Vaccination in Bombay 1874-1876 - 1874-1876
Year: 1874
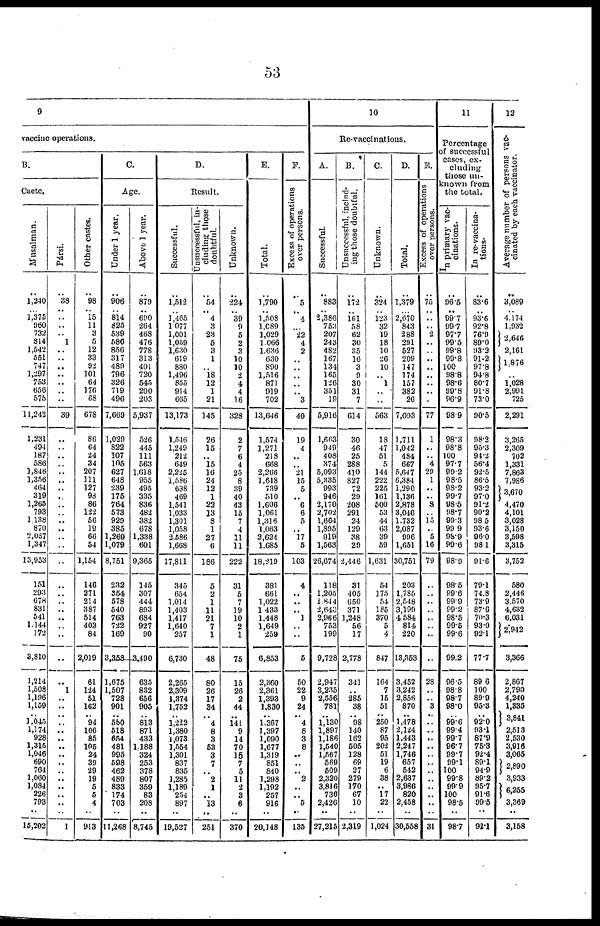
53
9
vaccine operations.
B.
Caete.
Musalman.
..
1,240
.. 1,375
960
732
814
1,542
551
747
1,297
753
656
575
11,242
1,231
494
187
586
1,846
1,356
464
319
1,265
793
1,138
870
2,057
1,347
13,953
151
293
678
831
541
1,144
172
3,810
1,214
1,508
1,196
1,159
.. 1,045
1,174
928
1,315
1,046
690
704
1,060
1,084
226
793
..
15,202
Pársi.
..
38
.. ..
..
..
1
..
..
..
..
..
..
..
39
..
..
..
..
..
..
..
..
..
..
..
..
..
.. ..
..
..
..
..
..
..
..
..
..
1
..
..
..
..
..
.. ..
..
..
..
..
..
..
..
..
1
Other castes.
..
98
.. 15
11
3
5
12
33
92
101
64
176
68
678
86
64
24
34
207
111
127
98
86
122
56
19
66
54
1,154
146
271
214
387
514
403
84
2,019
61
124
51
162
.. 94
106
85
105
24
39
29
19
5
5
4
..
913
C.
Age.
Under 1 year.
..
906
.. 814
825
539
586
856
317
489
796
326
719
496
7,669
1,029
822
107
105
627
648
239
175
764
573
929
385
1,269
1,079
8,751
232
354
578
540
763
722
169
3,358
1,675
1,507
728
901
.. 550
518
654
481
995
598
462
489
833
174
703
..
11,268
Above 1 year.
..
879
.. 690
264
468
476
778
313
401
720
545
200
203
5,937
526
445
111
563
1,618
955
495
335
836
482
382
678
1,338
601
9,365
145
307
444
893
684
927
90
3,490
635
832
656
905
.. 813
871
433
1,188
324
253
378
807
359
83
208
..
8,745
D.
Result.
Successful.
..
1,512
..
1,465 1,077
1,001
1,059
1,630
619
880
1,496
855
914
665
13,173
1,546
1,249
212
649
2,225
1,586
688
469
1,541
1,033
1,301
1,058
2,586
1,668
17,811
345
654
1,014
1,403
1,417
1,640
257
6,730
2,265
2,309
1,374
1,752
.. 1,222
1,380
1,073
1,554
1,301
837
835
1,285
1,189
254
897
..
19,527
Unsuccessful, in-
cluding those
doubtful.
..
54
..
4
3
23
5
3
1
..
18
12
1
21
145
26
15
..
15
16
24
12
1
22
13
8
1
27
6
186
5
2
1
11
21
7
1
48
80
26
17
34
.. 4
8
3
53
3
7
.. 2
1
.. 13
..
251
Unknown.
..
224
.. 39
9
5
2
3
10
10
2
4
4
16
328
2
7
6
4
25
8
39
40
43
15
7
4
11
11
222
31
5
7
19
10
2
1
75
15
26
2
44
.. 141
9
14
70
15
7
5
11
2
3
6
..
370
E.
Total.
..
1,790
.. 1,508
1,089
1,029
1,066
1,636
630
890
1,516
871
919
702
13,646
1,574
1,271
218
668
2,266
1,618
739
510
1,606
1,061
1,316
1,063
2,621
1,685
18,219
381
661
1,022
1,433
1,448
1,649
259
6,853
2,360
2,361
1,393
1,830
.. 1,367
1,397
1,090
1,677
1,319
851
840
1,298
1,192
257
916
..
20,148
F.
Excess of operations
over persons.
..
5
..
4
...
22
4
2
..
..
..
..
..
3
40
19
4
..
..
21
15
5
.. 6
6
5
..
17
5
103
4
..
..
.. 1
..
..
5
50
22
9
24
.. 4
8
3
8
..
..
.. 2
..
.. 5
..
135
10
Re-vaccinations.
A.
Successful.
..
883
.. 2,386
753
207
243
482
167
134
165
126
351
19
5,916
1,663
949
408
374
5,093
5,335
993
946
2,170
2,702
1,664
1,895
919
1,503
26,674
118
1,205
1,844
2,643
2,966
753
199
9,728
2,947
3,235
2,556
781
..
1,130
1,897
1,186
1,540
1,567
569
509
2,320
3,816
736
2,426
..
27,215
B.
Unsuccessful, includ-
ing those doubtful.
..
172
..
161 58
62
30
35
16
3
9
30
31
7
614
30
46
25
288
410
827
72
29
208
291
24
129
38
29
2,446
31
405
650
371
1,248
56
17
2,778
341
.. 285
38
.. 98
140
162
505
128
69
27
279
170
67
10
..
2,319
C.
Unknown.
..
324
.. 123
32
19
18
10
26
10
.. 1
..
..
563
18
47
51
5
144
222
225
161
500
53
44
63
39
59
1,631
54
175
54
185
370
5
4
847
164
7
15
51
..
250
87
95
202
51
19
6
38
.. 17
22
..
1,024
D.
Total.
..
1,379
.. 2,670
843
288
291
527
209
147
174
157
382
26
7,093
1,711
1,042
484
667
5,647
6,384
1,290
1,136
2,878
3,046
1,732
2,087
996
1,651
30,751
203
1,785
2,548
3,199
4 584
814
220
13,353
3,452
3,242
2,856
870
.. 1,478
2,124
1,443
2,247
1,746
657
542
2,637
3,986
820
2,458
..
30,558
E.
Excess of operations
over persons.
..
75
..
.. 2
..
..
..
77
1
..
..
4
29
1
..
..
8
..
15
..
5
16
79
..
..
..
..
..
..
..
..
28
..
.. 3
..
..
.. ..
..
..
..
..
..
..
..
..
..
31
11
Percentage
of successful
cases, ex-
cluding
those un-
-nown from
the total.
In primary vac-
cinations.
..
96.5
.. 99.7
99.7
97.7
99.5
99.8
99.8
100
98.8
98.6
99.8
96.9
98.9
98.3
98.8
100
97.7
99.2
98.5
98.2
99.7
98.5
98.7
99.3
99.9
98.9
99.6
98.9
98.5
99.6
99.9
99.2
98.5
99.5
99.6
99.2
96.5
98.8
98.7
98.0
.. 99.6
99.4
99.7
96.7
99.7
99.1
100
99.8
99.9
100
98.5
..
98.7
In re-vaccina¬
tions.
..
83.6
.. 93.6
92.8
76.9
89.0
93.2
91.2
97.8
94.8
80.7
91.8
73.0
90.5
98.2
95.3
94.2
56.4
92.5
86.5
93.2
97.0
91.2
90.2
98.5
93.6
96.0
98.1
91.6
79.1
74.8
73.9
87.6
70.3
93. 0
92.1
77.7
89.6
100
89.9
95.3
.. 92.0
93.1
87.9
75.3
92.4
89.1
94.9
89.2
95.7
91.6
99.5
..
92.1
12
Average number of persons vac-
cinated by each vaccinator.
..
3,089
.. 4,174
1,932
2,646
2,161
1,876
..
1,028
2,991
725
2,291
3,265
2,309
702
1,331
7,868
7,986
3,670
4,470
4,101
3,028
3,150
3,598
3,315
3,752
580
2,446
3,570
4,632
6,031
2,942
3,366
2,867
2,790
4,240
1,335
3,841
2,513
2,530
3,916
3,065
2,890
3,933
6,255
3,369
..
3,158